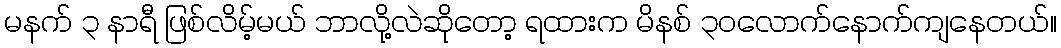
မနက် ၃ နာရီ ဖြစ်လိမ့်မယ် ဘာလို့လဲဆိုတော့ ရထားက မိနစ် ၃၀လောက်နောက်ကျနေတယ်။